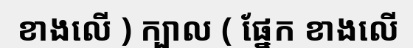
ខាងលើ ) ក្បាល ( ផ្នែក ខាងលើ